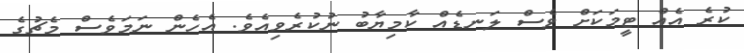
ކުރެ އެއް ޓީމަކަށް ވެސް ލަނޑެއް ކާމިޔާބު ނުކުރެވިއެވެ. އެހެން ނަމަވެސް މެޗުގެ